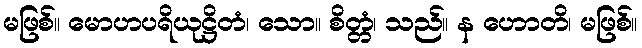
မဖြစ်။ မောဟပရိယုဋ္ဌိတံ၊ သော။ စိတ္တံ၊ သည်။ န ဟောတိ၊ မဖြစ်။